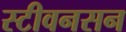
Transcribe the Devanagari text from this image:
स्टीवनसन